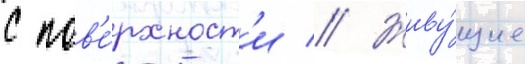
с пов'е́рхност'и // Живу́щие